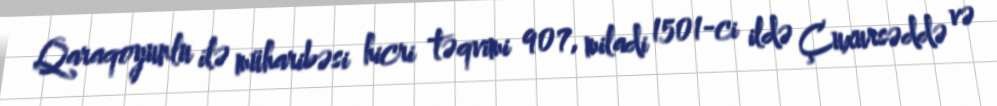
Qaraqoyunlu ilə müharibəsi hicri təqvimi 907, miladi 1501-ci ildə Çuxursəddə və